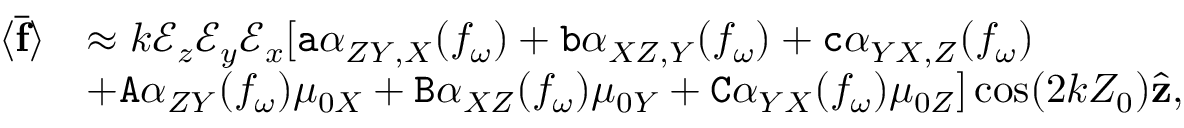
\begin{array} { r l } { \langle \overline { { \mathbf { f } } } \rangle } & { \approx k \mathcal { E } _ { z } \mathcal { E } _ { y } \mathcal { E } _ { x } [ \mathtt { a } \alpha _ { Z Y , X } ( f _ { \omega } ) + \mathtt { b } \alpha _ { X Z , Y } ( f _ { \omega } ) + \mathtt { c } \alpha _ { Y X , Z } ( f _ { \omega } ) } \\ & { + \mathtt { A } \alpha _ { Z Y } ( f _ { \omega } ) \mu _ { 0 X } + \mathtt { B } \alpha _ { X Z } ( f _ { \omega } ) \mu _ { 0 Y } + \mathtt { C } \alpha _ { Y X } ( f _ { \omega } ) \mu _ { 0 Z } ] \cos ( 2 k Z _ { 0 } ) \hat { \mathbf { z } } , } \end{array}